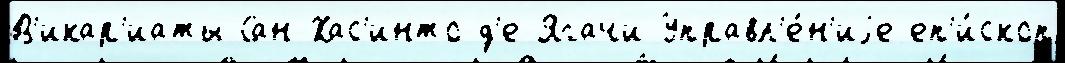
В'икар'иаты Сан-Хас'инто-д'е-Ягачи Управл'е́н'иjе еп'и́скоп